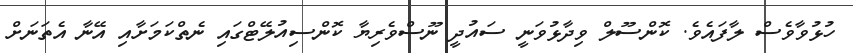
ހުޅުވާވެސް ލާފައެވެ. ކޮންސޫލް ވިދާޅުވަނީ ސައުދީ ނޫސްވެރިޔާ ކޮންސިއުލޭޓްގައި ނެތްކަމަށާއި އޭނާ އެތަނަށް